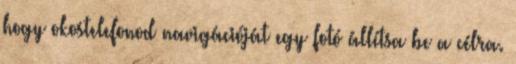
hogy okostelefonod navigációját egy fotó állítsa be a célra.